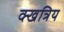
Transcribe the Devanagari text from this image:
क्खत्रिय